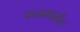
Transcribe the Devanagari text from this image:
पनामातील